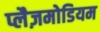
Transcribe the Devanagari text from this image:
प्लैज़मोडियम